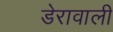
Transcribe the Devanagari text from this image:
डेरावाली